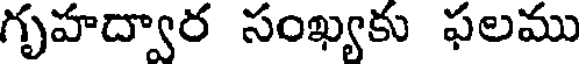
గృహద్వార సంఖ్యకు ఫలము